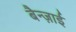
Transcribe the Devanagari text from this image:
बैन्ज़ाई